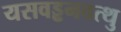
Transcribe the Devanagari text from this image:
यसवड्ढनवत्थु